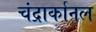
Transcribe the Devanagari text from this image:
चंद्रार्कानल